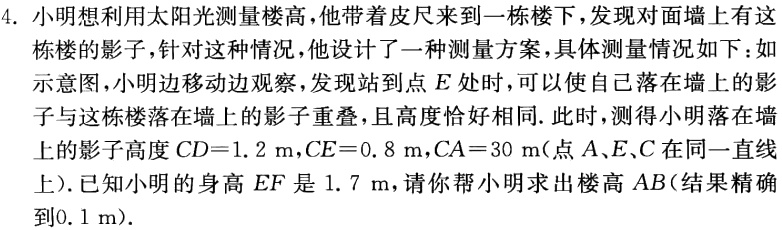
4. 小明想利用太阳光测量楼高，他带着皮尺来到一栋楼下，发现对面墙上有这栋楼的影子，针对这种情况，他设计了一种测量方案，具体测量情况如下：如示意图，小明边移动边观察，发现站到点\(E\)处时，可以使自己落在墙上的影子与这栋楼落在\(CD\)上的影子重叠，且高度恰好相同.此时，测得小明落在墙上的影子高度\(CD = 1.2\mathrm{m}\)，\(CE = 0.8\mathrm{m}\)，\(CA = 30\mathrm{m}\)(点\(A\)、\(E\)、\(C\)在同一直线上). 已知小明的身高\(EF\)是\(1.7\mathrm{m}\)，请你帮小明求出楼高\(AB\)(结果精确到\(0.1\mathrm{m}\)).